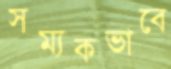
সম্যকভাবে